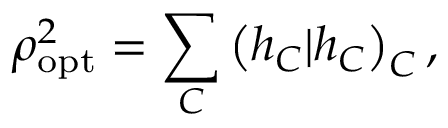
\rho _ { \mathrm { o p t } } ^ { 2 } = \sum _ { C } \left( h _ { C } | h _ { C } \right) _ { C } ,